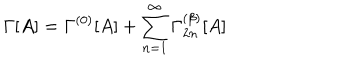
\Gamma [ A ] = \Gamma ^ { ( 0 ) } [ A ] + \sum _ { n = 1 } ^ { \infty } \Gamma _ { 2 n } ^ { ( \beta ) } [ A ]